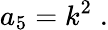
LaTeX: a_{5}=k^{2}\; .